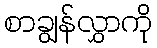
စာချွန်လွှာကို